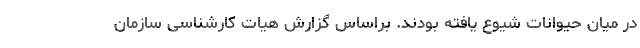
در میان حیوانات شیوع یافته بودند. براساس گزارش هیات کارشناسی سازمان